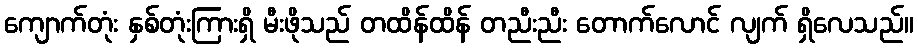
ကျောက်တုံး နှစ်တုံးကြားရှိ မီးဖိုသည် တထိန်ထိန် တညီးညီး တောက်လောင် လျက် ရှိလေသည်။